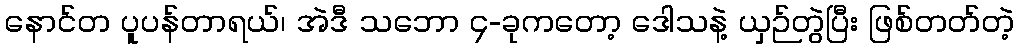
နောင်တ ပူပန်တာရယ်၊ အဲဒီ သဘော ၄-ခုကတော့ ဒေါသနဲ့ ယှဉ်တွဲပြီး ဖြစ်တတ်တဲ့